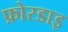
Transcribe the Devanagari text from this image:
फ़ोरडाइ